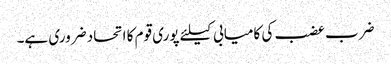
ضرب عضب کی کامیابی کیلئے پوری قوم کا اتحاد ضروری ہے۔